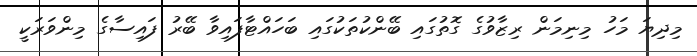
މިދިޔަ މަހު މިނިމަން ރިޒާވުގެ ގޮތުގައި ބޭންކުތަކުގައި ބަހައްޓާފައިވާ ބޭރު ފައިސާގެ މިންވަރަކީ